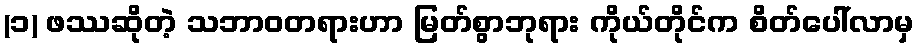
(၁) ဖဿဆိုတဲ့ သဘာဝတရားဟာ မြတ်စွာဘုရား ကိုယ်တိုင်က စိတ်ပေါ်လာမှ